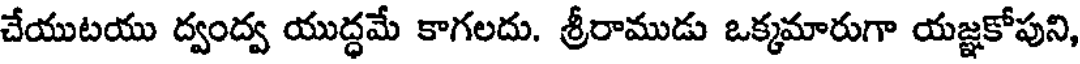
చేయుటయు ద్వంద్వ యుద్ధమే కాగలదు. శ్రీరాముడు ఒక్కమారుగా యజ్ఞకోపుని,